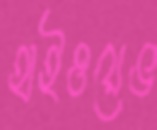
হাইওয়েভ